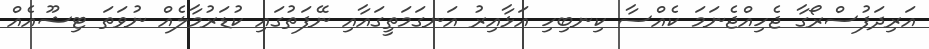
އަރިދަފުސްރޯގާ ޖެހިއްޖެނަމަ ކެއްސާ ކިނބިހި އަޅާއިރު އަނގަމަތީގައާއި ނޭފަތުގައި ކުޑަރުމާލެއް ނުވަތަ ޓިޝޫއެއް